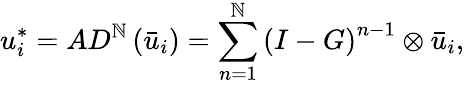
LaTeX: u_{i}^{*}=A{D^{\mathbb{N}}}\left({{{\bar{{u}}}_{i}}}\right)=\sum_{n=1}^{\mathbb{N}}{{{(I-G)}^{n-1}}}\otimes{{{\bar{{u}}}_{i}}},